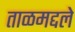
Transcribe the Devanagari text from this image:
ताळमद्दले